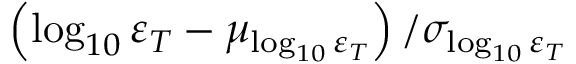
\left( \log _ { 1 0 } \varepsilon _ { T } - \mu _ { \log _ { 1 0 } \varepsilon _ { T } } \right) / \sigma _ { \log _ { 1 0 } \varepsilon _ { T } }